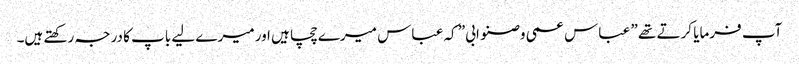
آپ فرمایا کرتے تھے ” عباس عمی وصنو ابی” کہ عباس میرے چچا ہیں اور میرے لیے باپ کا درجہ رکھتے ہیں۔